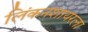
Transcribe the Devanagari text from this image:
लिंकनशायरला